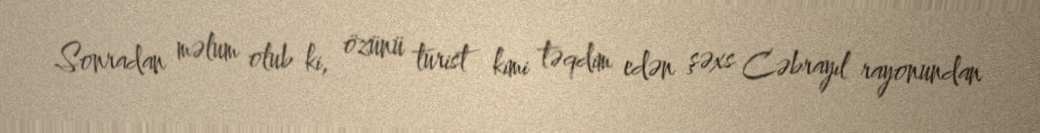
Sonradan məlum olub ki, özünü turist kimi təqdim edən şəxs Cəbrayıl rayonundan